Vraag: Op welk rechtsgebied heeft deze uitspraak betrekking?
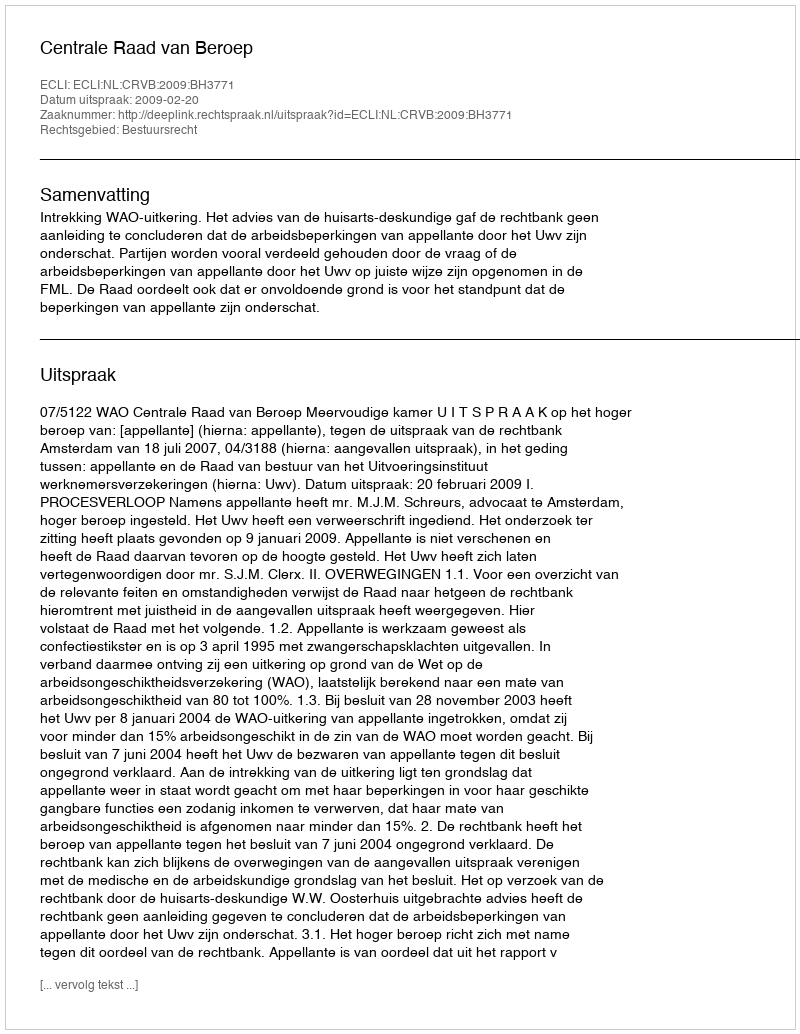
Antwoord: Bestuursrecht